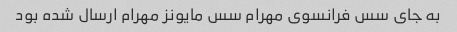
به جای سس فرانسوی مهرام سس مایونز مهرام ارسال شده بود